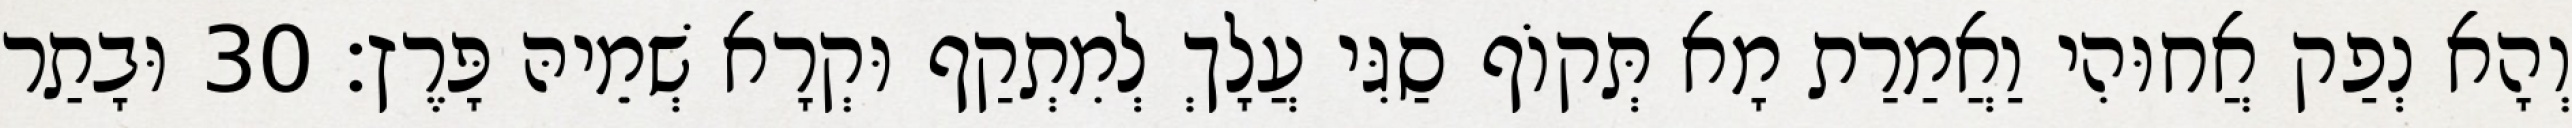
וְהָא נְפַק אֲחוּהִי וַאֲמַרַת מָא תְּקוֹף סַגִּי עֲלָךְ לְמִתְקַף וּקְרָא שְׁמֵיהּ פָּרֶץ׃ 30 וּבָתַר